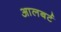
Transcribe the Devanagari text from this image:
आलबर्ट